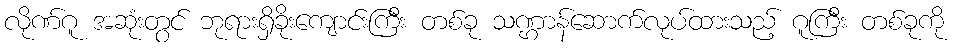
လိုဏ်ဂူ အဆုံးတွင် ဘုရားရှိခိုးကျောင်းကြီး တစ်ခု သဏ္ဌာန်ဆောက်လုပ်ထားသည့် ဂူကြီး တစ်ခုကို